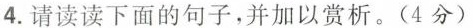
4.请读读下面的句子，并加以赏析。(4分